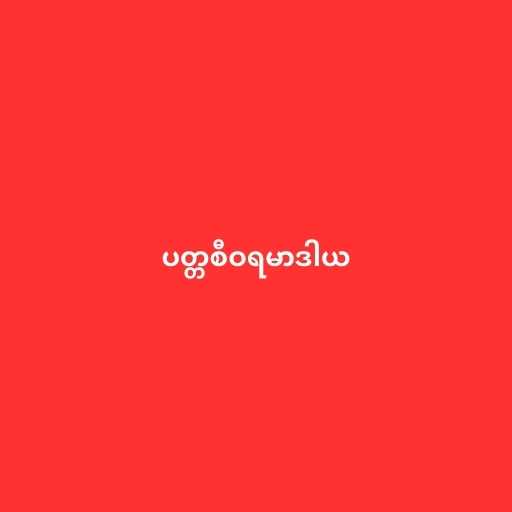
ပတ္တစီဝရမာဒါယ